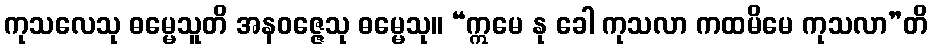
ကုသလေသု ဓမ္မေသူတိ အနဝဇ္ဇေသု ဓမ္မေသု။ “ဣမေ နု ခေါ ကုသလာ ကထမိမေ ကုသလာ”တိ